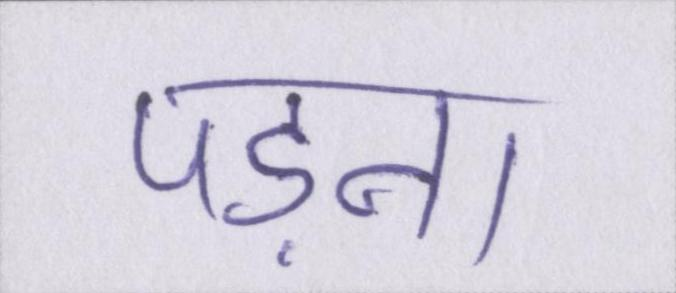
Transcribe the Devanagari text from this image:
पड़ना